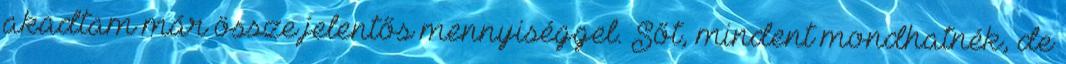
akadtam már össze jelentős mennyiséggel. Sőt, mindent mondhatnék, de